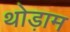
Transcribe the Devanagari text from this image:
थोड़ाम